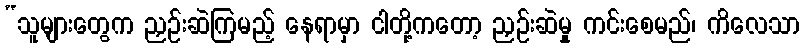
“သူများတွေက ညှဉ်းဆဲကြမည့် နေရာမှာ ငါတို့ကတော့ ညှဉ်းဆဲမှု ကင်းစေမည်၊ ကိလေသာ